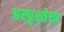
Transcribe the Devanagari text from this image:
अस्पृश्तेचा